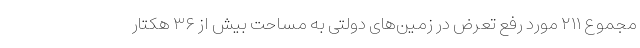
مجموع ۲۱۱ مورد رفع تعرض در زمین‌های دولتی به مساحت بیش از ۳۶ هکتار